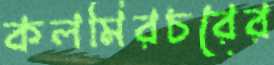
কলমিরচরের